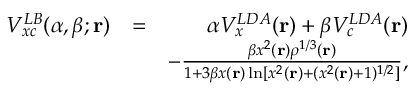
\begin{array} { r l r } { V _ { x c } ^ { L B } ( \alpha , \beta ; { \bf r } ) } & { = } & { \alpha V _ { x } ^ { L D A } ( { \bf r } ) + \beta V _ { c } ^ { L D A } ( { \bf r } ) } \\ & { } & { - \frac { \beta x ^ { 2 } ( { \bf r } ) \rho ^ { 1 / 3 } ( { \bf r } ) } { 1 + 3 \beta x ( { \bf r } ) \ln [ x ^ { 2 } ( { \bf r } ) + ( x ^ { 2 } ( { \bf r } ) + 1 ) ^ { 1 / 2 } ] } , } \end{array}